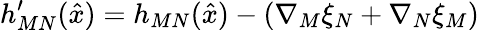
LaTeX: h_{MN}^{\prime}(\hat{x})=h_{MN}(\hat{x})-\left(\nabla_{M}\xi_{N}+\nabla_{N}\xi_{M}\right)